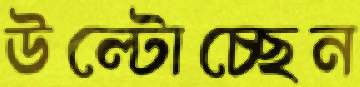
উল্টোচ্ছেন